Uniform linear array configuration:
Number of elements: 64
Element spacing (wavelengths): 0.25
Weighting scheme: hamming
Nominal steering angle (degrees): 15
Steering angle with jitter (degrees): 16.957
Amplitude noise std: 0.05
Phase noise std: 0.05

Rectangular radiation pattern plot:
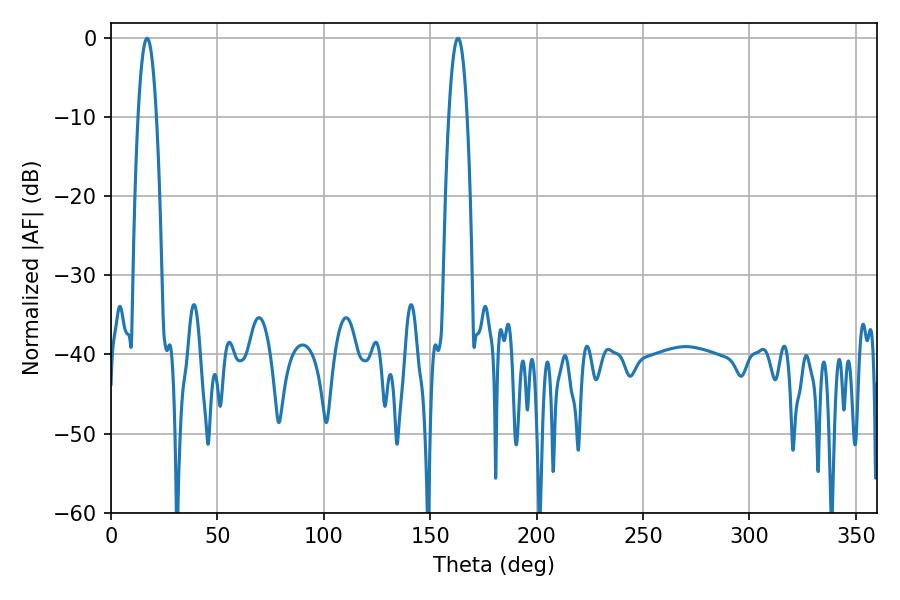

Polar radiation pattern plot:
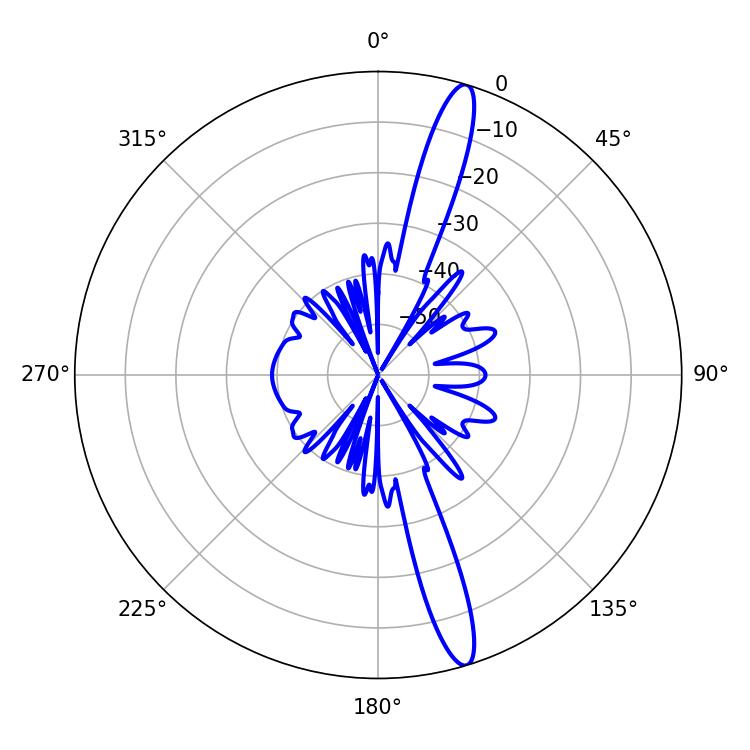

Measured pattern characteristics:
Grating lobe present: FALSE
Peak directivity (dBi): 15.802
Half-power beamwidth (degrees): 4.68
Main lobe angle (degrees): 16.92